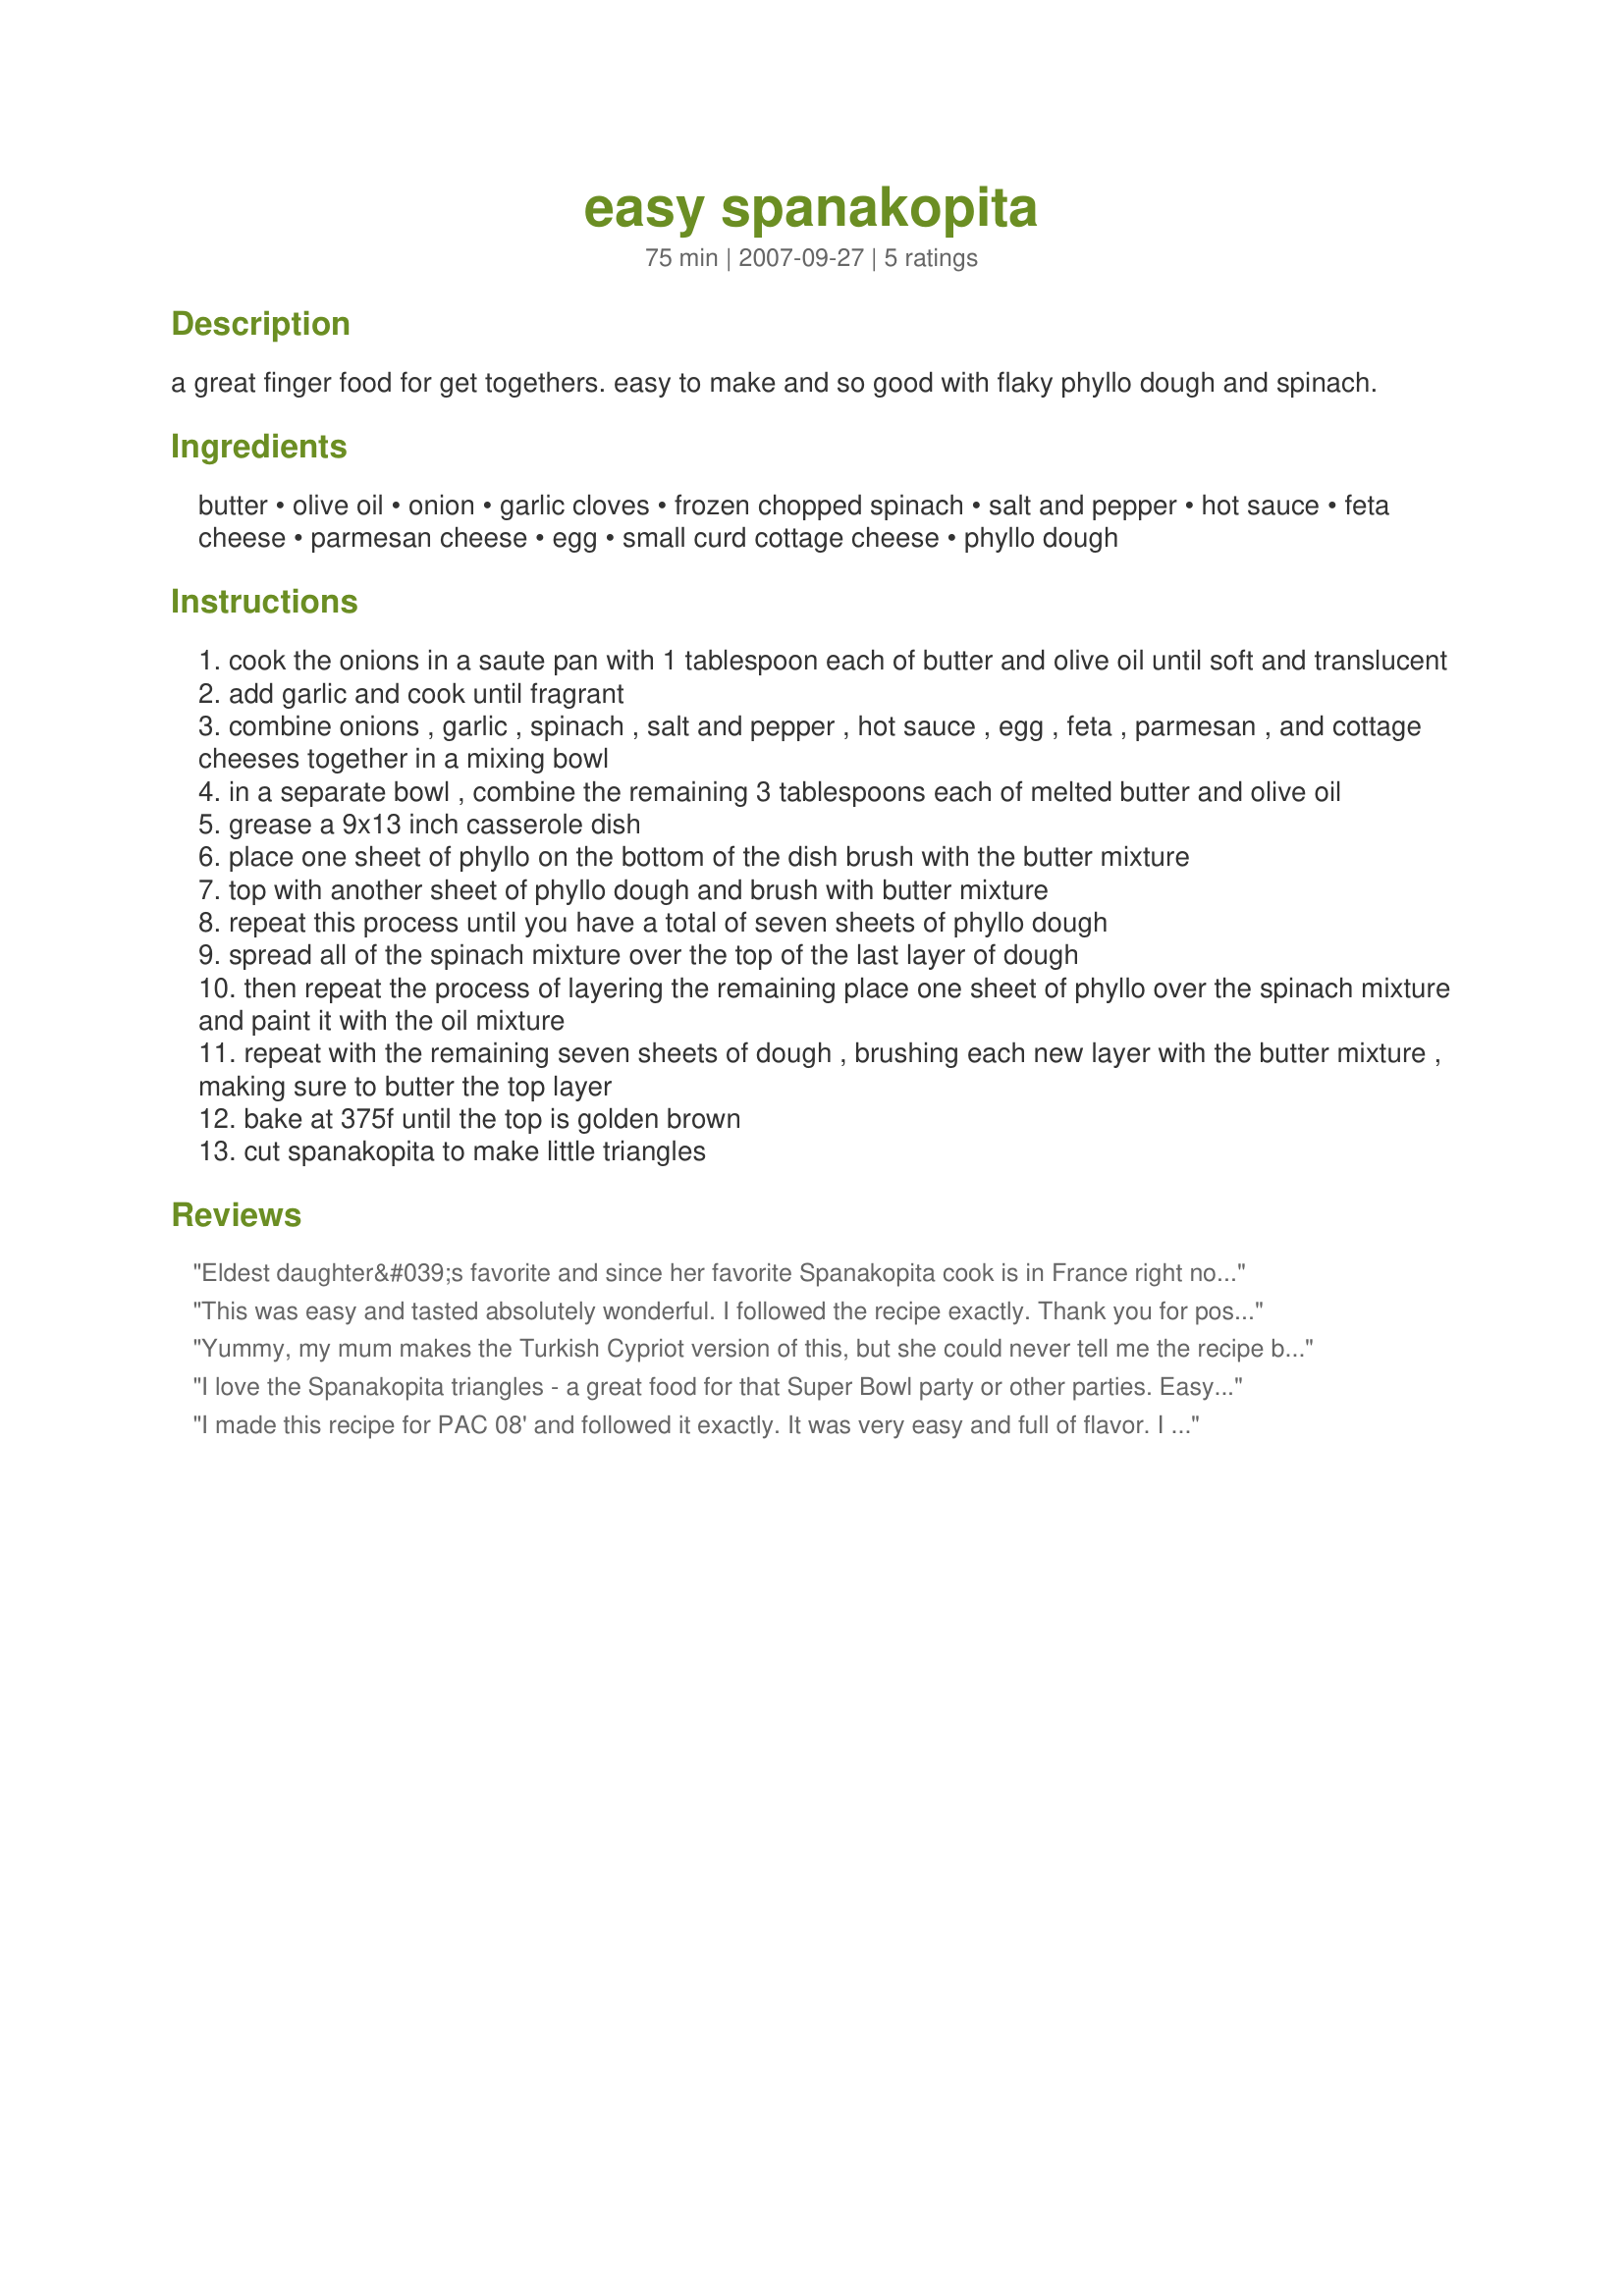
easy spanakopita
Preparation time: 75 minutes

a great finger food for get togethers. easy to make and so good with flaky phyllo dough and spinach.

Ingredients:
butter, olive oil, onion, garlic cloves, frozen chopped spinach, salt and pepper, hot sauce, feta cheese, parmesan cheese, egg, small curd cottage cheese, phyllo dough

Steps:
cook the onions in a saute pan with 1 tablespoon each of butter and olive oil until soft and translucent
add garlic and cook until fragrant
combine onions , garlic , spinach , salt and pepper , hot sauce , egg , feta , parmesan , and cottage cheeses together in a mixing bowl
in a separate bowl , combine the remaining 3 tablespoons each of melted butter and olive oil
grease a 9x13 inch casserole dish
place one sheet of phyllo on the bottom of the dish brush with the butter mixture
top with another sheet of phyllo dough and brush with butter mixture
repeat this process until you have a total of seven sheets of phyllo dough
spread all of the spinach mixture over the top of the last layer of dough
then repeat the process of layering the remaining place one sheet of phyllo over the spinach mixture and paint it with the oil mixture
repeat with the remaining seven sheets of dough , brushing each new layer with the butter mixture , making sure to butter the top layer
bake at 375f until the top is golden brown
cut spanakopita to make little triangles

Reviews:
Eldest daughter&#039;s favorite and since her favorite Spanakopita cook is in France right now, I substituted this easier prep recipe. It was a quick and fairly easy, and tasty version!
This was easy and tasted absolutely wonderful. I followed the recipe exactly. Thank you for posting!
Yummy, my mum makes the Turkish Cypriot version of this, but she could never tell me the recipe because she uses estimates with her hands for the amounts. So I'm glad I found a similar recipe that we all enjoyed. The only change I did was I used egg substitute otherwise kept to the recipe. The taste was wonderful. Thank you Allybee Z
I love the Spanakopita triangles - a great food for that Super Bowl party or other parties. Easy to make, tastes like you slaved for hours in the kitchen! And they are very, very addicting! Thanks for the great recipe and the great way to make it a bit different and still love the wonderful flavors of this delightful dish.
I made this recipe for PAC 08' and followed it exactly. It was very easy and full of flavor. I will be making this again during the holidays....thanks for sharing!!
